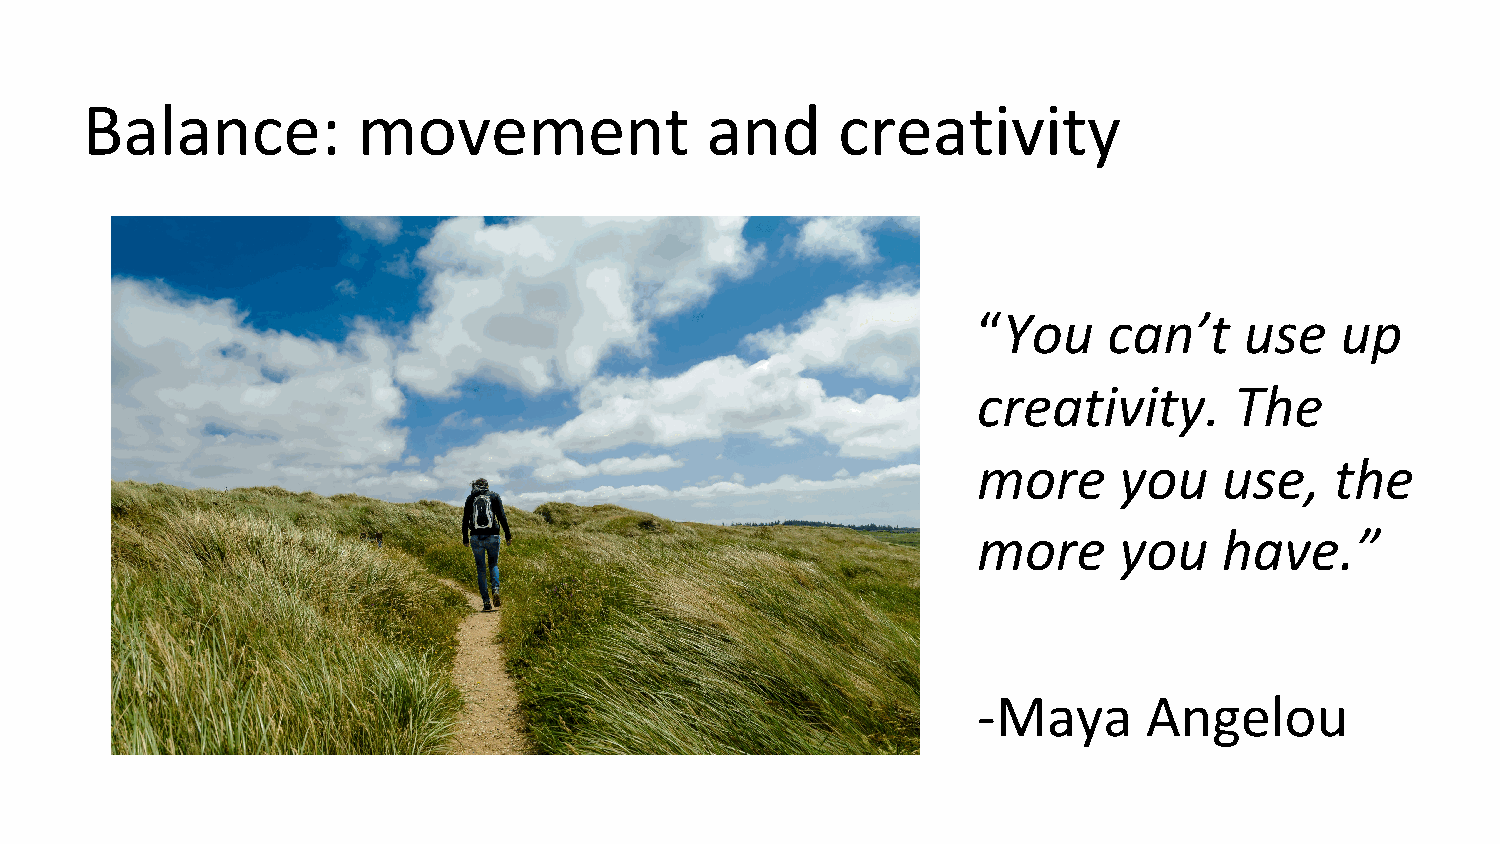
Balance:           movement               and     creativity
 “You    can’t    use    up
 creativity.      The
 more     you    use,   the
 more     you    have.”
 -Maya      Angelou